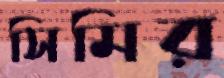
সিমির